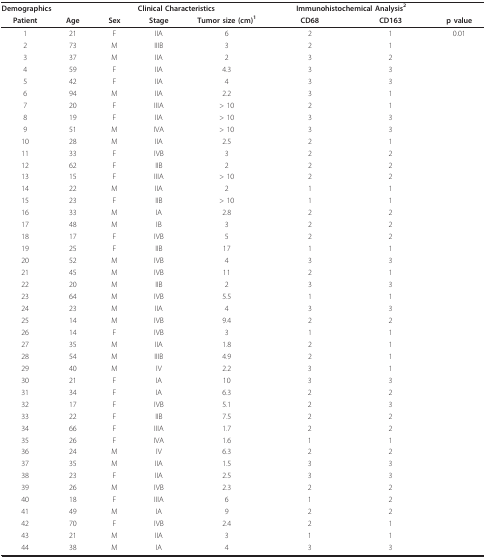
<table><thead><tr><td colspan="3"><b>Demographics</b></td><td colspan="2"><b>Clinical Characteristics</b></td><td colspan="2"><b>Immunohistochemical Analysis<sup>2</sup></b></td><td></td></tr><tr><td><b>Patient</b></td><td><b>Age</b></td><td><b>Sex</b></td><td><b>Stage</b></td><td><b>Tumor size (cm)<sup>1</sup></b></td><td><b>CD68</b></td><td><b>CD163</b></td><td><b>p value</b></td></tr></thead><tbody><tr><td>1</td><td>21</td><td>F</td><td>IIA</td><td>6</td><td>2</td><td>1</td><td>0.01</td></tr><tr><td>2</td><td>73</td><td>M</td><td>IIIB</td><td>3</td><td>2</td><td>1</td><td></td></tr><tr><td>3</td><td>37</td><td>M</td><td>IIA</td><td>2</td><td>3</td><td>2</td><td></td></tr><tr><td>4</td><td>59</td><td>F</td><td>IIA</td><td>4.3</td><td>3</td><td>3</td><td></td></tr><tr><td>5</td><td>42</td><td>F</td><td>IIA</td><td>4</td><td>3</td><td>3</td><td></td></tr><tr><td>6</td><td>94</td><td>M</td><td>IIA</td><td>2.2</td><td>3</td><td>1</td><td></td></tr><tr><td>7</td><td>20</td><td>F</td><td>IIIA</td><td>&gt; 10</td><td>2</td><td>1</td><td></td></tr><tr><td>8</td><td>19</td><td>F</td><td>IIA</td><td>&gt; 10</td><td>3</td><td>3</td><td></td></tr><tr><td>9</td><td>51</td><td>M</td><td>IVA</td><td>&gt; 10</td><td>3</td><td>3</td><td></td></tr><tr><td>10</td><td>28</td><td>M</td><td>IIA</td><td>2.5</td><td>2</td><td>1</td><td></td></tr><tr><td>11</td><td>33</td><td>F</td><td>IVB</td><td>3</td><td>2</td><td>2</td><td></td></tr><tr><td>12</td><td>62</td><td>F</td><td>IIB</td><td>2</td><td>2</td><td>2</td><td></td></tr><tr><td>13</td><td>15</td><td>F</td><td>IIIA</td><td>&gt; 10</td><td>2</td><td>2</td><td></td></tr><tr><td>14</td><td>22</td><td>M</td><td>IIA</td><td>2</td><td>1</td><td>1</td><td></td></tr><tr><td>15</td><td>23</td><td>F</td><td>IIB</td><td>&gt; 10</td><td>1</td><td>1</td><td></td></tr><tr><td>16</td><td>33</td><td>M</td><td>IA</td><td>2.8</td><td>2</td><td>2</td><td></td></tr><tr><td>17</td><td>48</td><td>M</td><td>IB</td><td>3</td><td>2</td><td>2</td><td></td></tr><tr><td>18</td><td>17</td><td>F</td><td>IVB</td><td>5</td><td>2</td><td>2</td><td></td></tr><tr><td>19</td><td>25</td><td>F</td><td>IIB</td><td>17</td><td>1</td><td>1</td><td></td></tr><tr><td>20</td><td>52</td><td>M</td><td>IVB</td><td>4</td><td>3</td><td>3</td><td></td></tr><tr><td>21</td><td>45</td><td>M</td><td>IVB</td><td>11</td><td>2</td><td>1</td><td></td></tr><tr><td>22</td><td>20</td><td>M</td><td>IIB</td><td>2</td><td>3</td><td>3</td><td></td></tr><tr><td>23</td><td>64</td><td>M</td><td>IVB</td><td>5.5</td><td>1</td><td>1</td><td></td></tr><tr><td>24</td><td>23</td><td>M</td><td>IIA</td><td>4</td><td>3</td><td>3</td><td></td></tr><tr><td>25</td><td>14</td><td>M</td><td>IVB</td><td>9.4</td><td>2</td><td>2</td><td></td></tr><tr><td>26</td><td>14</td><td>F</td><td>IVB</td><td>3</td><td>1</td><td>1</td><td></td></tr><tr><td>27</td><td>35</td><td>M</td><td>IIA</td><td>1.8</td><td>2</td><td>1</td><td></td></tr><tr><td>28</td><td>54</td><td>M</td><td>IIIB</td><td>4.9</td><td>2</td><td>1</td><td></td></tr><tr><td>29</td><td>40</td><td>M</td><td>IV</td><td>2.2</td><td>3</td><td>1</td><td></td></tr><tr><td>30</td><td>21</td><td>F</td><td>IA</td><td>10</td><td>3</td><td>3</td><td></td></tr><tr><td>31</td><td>34</td><td>F</td><td>IA</td><td>6.3</td><td>2</td><td>2</td><td></td></tr><tr><td>32</td><td>17</td><td>F</td><td>IVB</td><td>5.1</td><td>2</td><td>3</td><td></td></tr><tr><td>33</td><td>22</td><td>F</td><td>IIB</td><td>7.5</td><td>2</td><td>2</td><td></td></tr><tr><td>34</td><td>66</td><td>F</td><td>IIIA</td><td>1.7</td><td>2</td><td>2</td><td></td></tr><tr><td>35</td><td>26</td><td>F</td><td>IVA</td><td>1.6</td><td>1</td><td>1</td><td></td></tr><tr><td>36</td><td>24</td><td>M</td><td>IV</td><td>6.3</td><td>2</td><td>2</td><td></td></tr><tr><td>37</td><td>35</td><td>M</td><td>IIA</td><td>1.5</td><td>3</td><td>3</td><td></td></tr><tr><td>38</td><td>23</td><td>F</td><td>IIA</td><td>2.5</td><td>3</td><td>3</td><td></td></tr><tr><td>39</td><td>26</td><td>M</td><td>IVB</td><td>2.3</td><td>2</td><td>2</td><td></td></tr><tr><td>40</td><td>18</td><td>F</td><td>IIIA</td><td>6</td><td>1</td><td>2</td><td></td></tr><tr><td>41</td><td>49</td><td>M</td><td>IA</td><td>9</td><td>2</td><td>2</td><td></td></tr><tr><td>42</td><td>70</td><td>F</td><td>IVB</td><td>2.4</td><td>2</td><td>1</td><td></td></tr><tr><td>43</td><td>21</td><td>M</td><td>IIA</td><td>3</td><td>1</td><td>1</td><td></td></tr><tr><td>44</td><td>38</td><td>M</td><td>IA</td><td>4</td><td>3</td><td>3</td><td></td></tr></tbody></table>